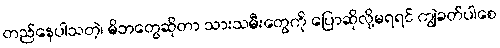
တည်နေပါသတဲ့၊ မိဘတွေဆိုတာ သားသမီးတွေကို ပြောဆိုလို့မရရင် ကျွဲခတ်ပါစေ